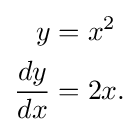
{\begin{aligned}y&=x^{2}\\{\frac {dy}{dx}}&=2x.\end{aligned}}